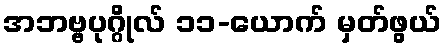
အဘဗ္ဗပုဂ္ဂိုလ် ၁၁-ယောက် မှတ်ဖွယ်